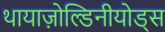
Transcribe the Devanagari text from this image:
थायाज़ोल्डिनीयोड्स